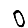
Digit: 0